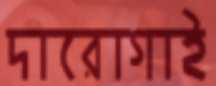
দারোগাই